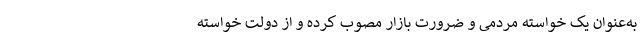
به‌عنوان یک خواسته مردمی و ضرورت بازار مصوب کرده و از دولت خواسته